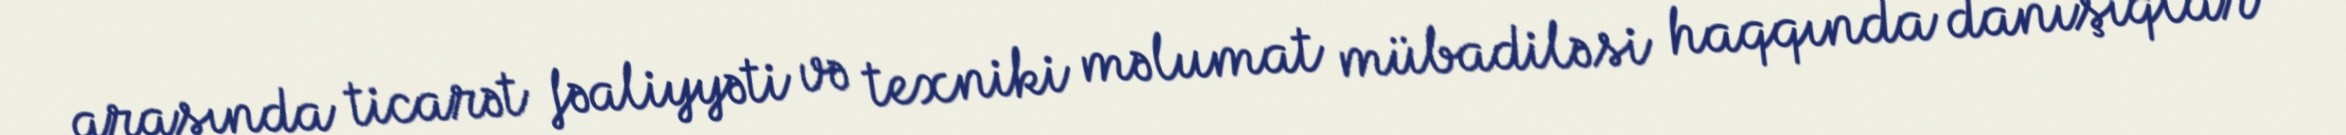
arasında ticarət fəaliyyəti və texniki məlumat mübadiləsi haqqında danışıqlar